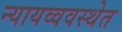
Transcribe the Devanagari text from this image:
न्यायव्ववस्थेत